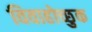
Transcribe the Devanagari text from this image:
विवाहोच्छुक